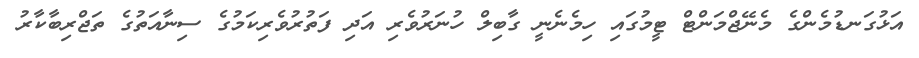
އަޅުގަނޑުމެންގެ މެނޭޖްމަންޓް ޓީމުގައި ހިމެނެނީ ގާބިލް ހުނަރުވެރި އަދި ފަތުރުވެރިކަމުގެ ސިނާއަތުގެ ތަޖްރިބާކާރު